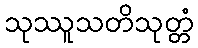
သုဿူသတိသုတ္တံ